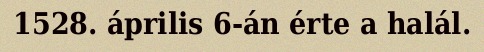
1528. április 6-án érte a halál.